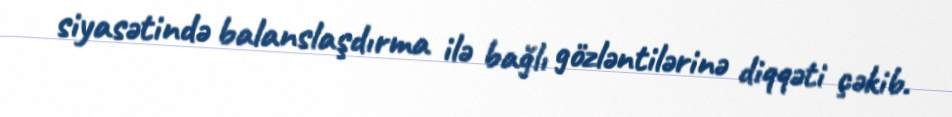
siyasətində balanslaşdırma ilə bağlı gözləntilərinə diqqəti çəkib.